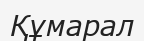
Құмарал